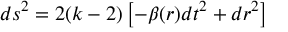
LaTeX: d s ^ { 2 } = 2 ( k - 2 ) \left[ - \beta ( r ) d t ^ { 2 } + d r ^ { 2 } \right]